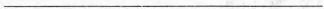
___